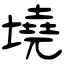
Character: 墝